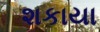
શકાયા